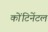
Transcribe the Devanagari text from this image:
कोंटिनेंटल